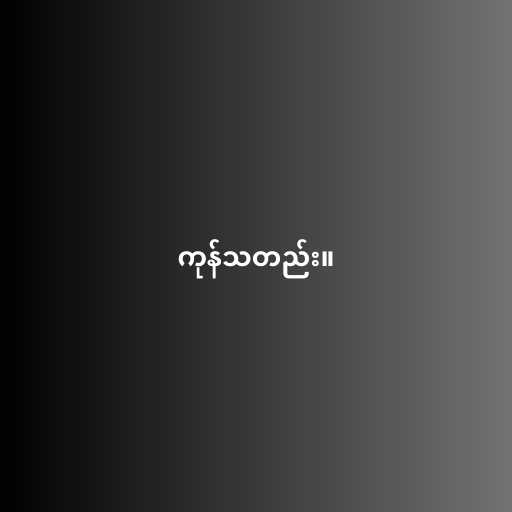
ကုန်သတည်း။